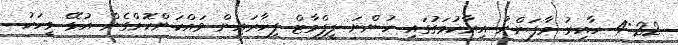
4:22 ހާއިރު މާފަންނު އިރާކުމަގުގައި ހުންނަ ލީފްމާޓް ފިހާރައިން ވައްކަންކޮށްގެން އުޅޭ މީހަކު